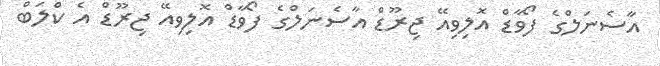
އާސެނަލްގެ ފޯވާޑް އޮލިވިއޭ ޖިރޫޑް އާސެނަލްގެ ފޯވާޑް އޮލިވިއޭ ޖިރޫޑް އެ ކްލަބް